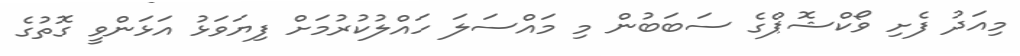
މިއަދު ފެށި ވޯކްޝޮޕްގެ ސަބަބުން މި މައްސަލަ ހައްލުކުރުމަށް ފިޔަވަޅު އަޅަންވީ ގޮތުގެ